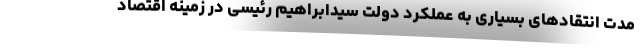
مدت انتقادهای بسیاری به عملکرد دولت سیدابراهیم رئیسی در زمینه اقتصاد